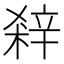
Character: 𨐘